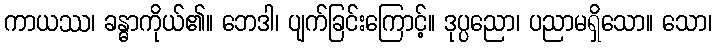
ကာယဿ၊ ခန္ဓာကိုယ်၏။ ဘေဒါ၊ ပျက်ခြင်းကြောင့်။ ဒုပ္ပညော၊ ပညာမရှိသော။ သော၊